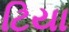
ટિયા